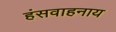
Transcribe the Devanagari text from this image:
हंसवाहनाय